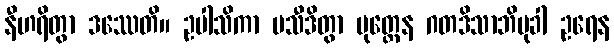
နီဟရိတွာ ဒဿေတိ။ ဥပါသိကာ ပသီဒိတွာ ပုတ္တေန ဂတဒိသာဘိမုခါ ဥရေန